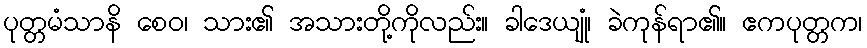
ပုတ္တမံသာနိ စေဝ၊ သား၏ အသားတို့ကိုလည်း။ ခါဒေယျုံ၊ ခဲကုန်ရာ၏။ ဧကပုတ္တက၊